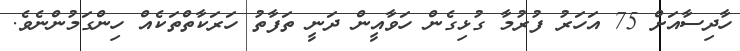
ހާދިސާއަށް 75 އަހަރު ފުރުމާ ގުޅިގެން ހަވާއީން ދަނީ ތަފާތު ހަރަކާތްތަކެއް ހިންގަމުންނެވެ.